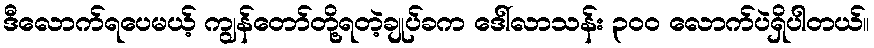
ဒီလောက်ရပေမယ့် ကျွန်တော်တို့ရတဲ့ချုပ်ခက ဒေါ်လာသန်း ၃၀ဝ လောက်ပဲရှိပါတယ်။